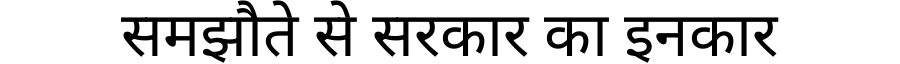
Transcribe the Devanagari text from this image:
समझौते से सरकार का इनकार